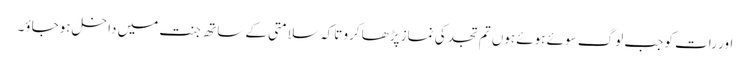
اور رات کو جب لوگ سوئے ہوئے ہوں تم تجد کی نماز پڑھا کرو تاکہ سلامتی کے ساتھ جنت میں داخل ہوجاؤ۔